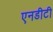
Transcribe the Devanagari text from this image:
एनडीटी